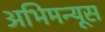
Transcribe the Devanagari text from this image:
अभिमन्यूस